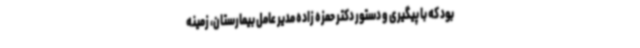
بود که با پیگیری و دستور دکتر حمزه زاده مدیر عامل بیمارستان، زمینه